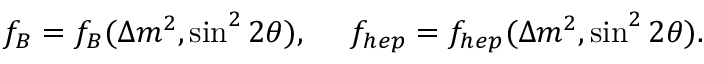
f _ { B } = f _ { B } ( \Delta m ^ { 2 } , \sin ^ { 2 } 2 \theta ) , ~ ~ ~ ~ f _ { h e p } = f _ { h e p } ( \Delta m ^ { 2 } , \sin ^ { 2 } 2 \theta ) .